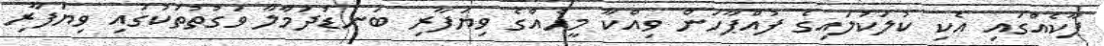
ޕާކެއްގައި އެކި ކުލަކުލައިގެ ފުއްޕާހަން ވިއްކާ މީހެއްގެ ވިޔަފާރި ބަނޑުދަމާލާ ވަގުތުތަކުގައި ވިޔަފާރި